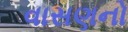
વાસણનો